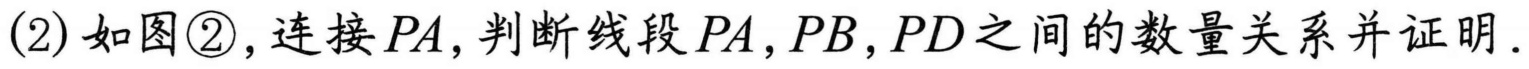
(2)如图\textcircled{2}，连接\(PA\)，判断线段\(PA,PB,PD\)之间的数量关系并证明.